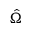
\hat { \Omega }